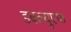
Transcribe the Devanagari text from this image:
डबल्यूएफ